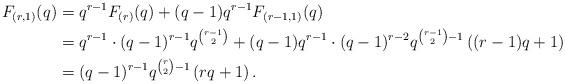
LaTeX: \begin{align*}F_{(r,1)}(q)&= q^{r-1}F_{(r)}(q)+ (q-1)q^{r-1}F_{(r-1,1)}(q)\\&= q^{r-1} \cdot (q-1)^{r-1}q^{r-1\choose 2} + (q-1)q^{r-1}\cdot (q-1)^{r-2} q^{{r-1\choose2}-1} \left( (r-1)q+ 1 \right)\\&= (q-1)^{r-1}q^{{r\choose2}-1} \left( rq +1 \right).\end{align*}